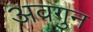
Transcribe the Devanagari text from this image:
अवगुन